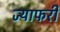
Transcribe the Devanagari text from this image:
ज्याफरी